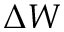
\Delta W